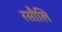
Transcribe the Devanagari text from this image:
रसौलि